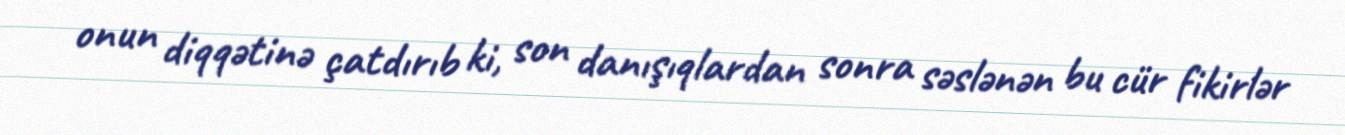
onun diqqətinə çatdırıb ki, son danışıqlardan sonra səslənən bu cür fikirlər